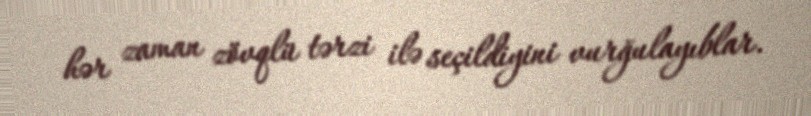
hər zaman zövqlü tərzi ilə seçildiyini vurğulayıblar.